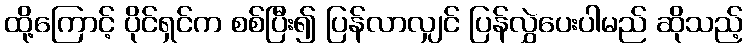
ထို့ကြောင့် ပိုင်ရှင်က စစ်ပြီး၍ ပြန်လာလျှင် ပြန်လွှဲပေးပါမည် ဆိုသည့်